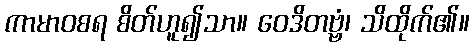
ကာမာဝစရ စိတ်ဟူ၍သာ။ ဝေဒိတဗ္ဗံ၊ သိထိုက်၏။